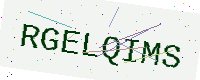
Text: RGELQIMS